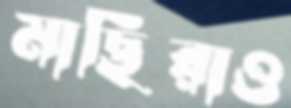
মাছিরাও